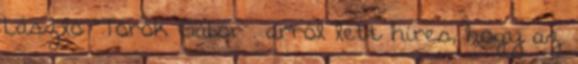
László "Török Gábor . arról lett híres, hogy az